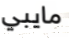
مايبي